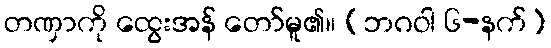
တဏှာကို ထွေးအန် တော်မူ၏။ (ဘဂဝါ ၆-နက်)